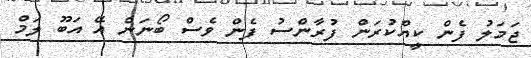
ޖަމަލު ފެން ކީއްކުރަން ފުރާންސު ފެން ވެސް ބޯނަން އޭ އަބޫ ލަމް